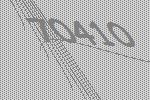
70410